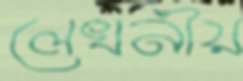
লেখনীয়